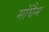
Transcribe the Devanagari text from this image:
मॉघैम